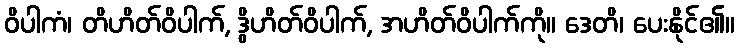
ဝိပါကံ၊ တိဟိတ်ဝိပါက်, ဒွိဟိတ်ဝိပါက်, အဟိတ်ဝိပါက်ကို။ ဒေတိ၊ ပေးနိုင်၏။